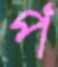
প